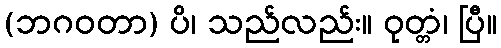
(ဘဂဝတာ) ပိ၊ သည်လည်း။ ဝုတ္တံ၊ ပြီ။